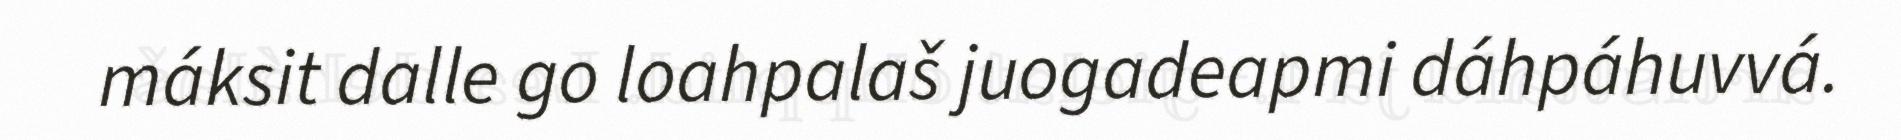
máksit dalle go loahpalaš juogadeapmi dáhpáhuvvá.